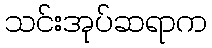
သင်းအုပ်ဆရာက